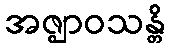
အဇ္ဈာဝသန္တိ